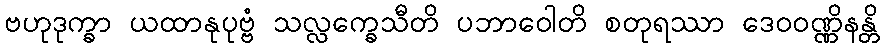
ဗဟုဒုက္ခာ ယထာနုပုဗ္ဗံ သလ္လက္ခေသီတိ ပဘာဝေါတိ စတုရဿာ ဒေဝဝဏ္ဏိနန္တိ